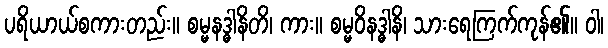
ပရိယာယ်စကားတည်း။ စမ္မနဒ္ဓါနိတိ၊ ကား။ စမ္မဝိနဒ္ဓါနိ၊ သားရေကြက်ကုန်၏။ ဝါ၊